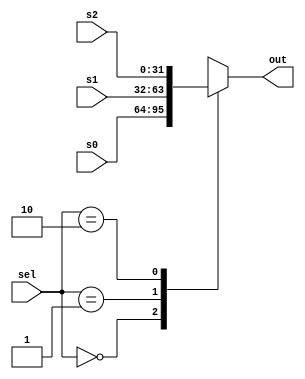
module Mux4to1 #(
    parameter size = 32
) 
(
    input [1:0] sel,
    input signed [size-1:0] s0,
    input signed [size-1:0] s1,
    input signed [size-1:0] s2,
    output signed [size-1:0] out
);
    // TODO: implement your 2to1 multiplexer here

    reg signed [size-1:0] temp;

    always@ (*) begin
        case (sel)
            2'b00: temp = s0;
            2'b01: temp = s1;
            2'b10: temp = s2;
            default: temp = 32'bx;
        endcase
    end

    assign out = temp;
    
endmodule